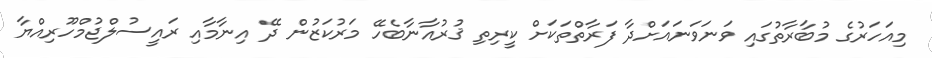
މިއަހަރުގެ މުބާރާތުގައި ވަނަވަނައަށްދާ ފަރާތްތަކަށް ކީރިތި ޤުރުއާނާބެހޭ މަރުކަޒުން ދޭ އިނާމާއި ރައީސުލްޖުމްހޫރިއްޔާ